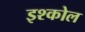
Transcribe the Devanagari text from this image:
इश्कोल